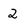
Character: 2